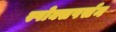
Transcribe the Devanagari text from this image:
स्पोक्सपर्सन